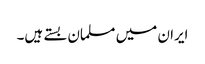
ایران میں مسلمان بستے ہیں۔